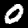
Digit: 0